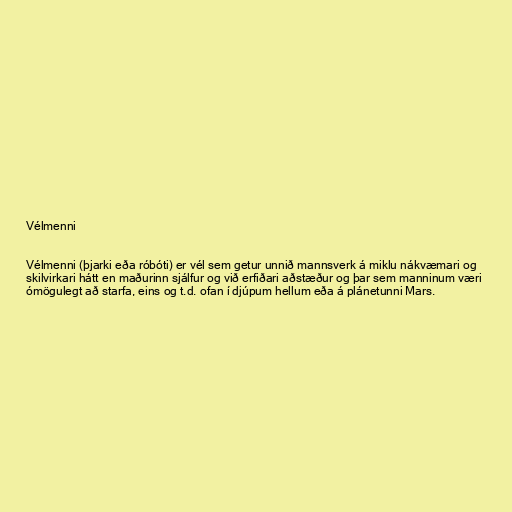
Vélmenni

Vélmenni (þjarki eða róbóti) er vél sem getur unnið mannsverk á miklu nákvæmari og
skilvirkari hátt en maðurinn sjálfur og við erfiðari aðstæður og þar sem manninum væri
ómögulegt að starfa, eins og t.d. ofan í djúpum hellum eða á plánetunni Mars.